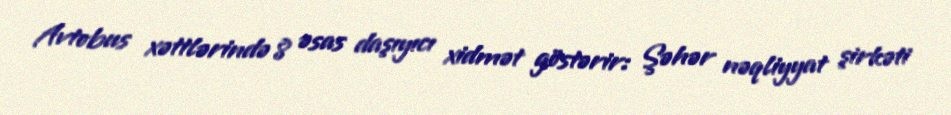
Avtobus xəttlərində 8 əsas daşıyıcı xidmət göstərir: Şəhər nəqliyyat şirkəti